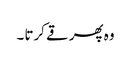
وہ پھر قے کرتا ۔